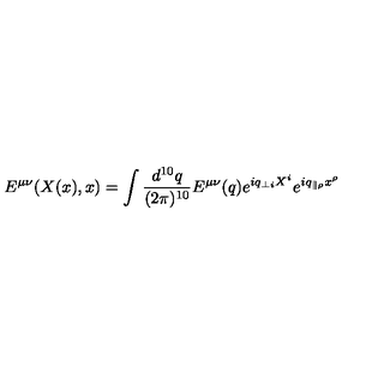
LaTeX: E ^ { \mu \nu } ( X ( x ) , x ) = \int \frac { d ^ { 1 0 } q } { ( 2 \pi ) ^ { 1 0 } } E ^ { \mu \nu } ( q ) e ^ { i q _ { \perp i } X ^ { i } } e ^ { i q _ { \parallel \rho } x ^ { \rho } }